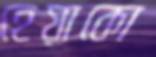
হেয়াকো